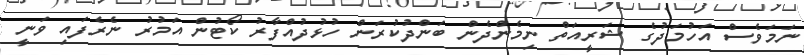
ނަމަވެސް އަހުމަދުގެ ޝަރީއަތް ނިމެންދެން ބަންދުކުރަން ހުޅުދުއްފާރު ކޯޓުން އަމުރު ނެރެފައި ވަނީ